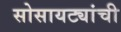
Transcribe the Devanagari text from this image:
सोसायट्यांची